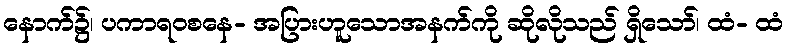
နောက်၌၊ ပကာရဝစနေ- အပြားဟူသောအနက်ကို ဆိုလိုသည် ရှိသော်၊ ထံ- ထံ